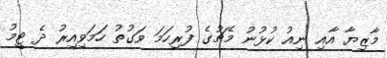
މާޒިޔާ އާއި ނިއު ކުޅުނު މެޗުގެ ފުރިހަމަ ވަގުތު ހަމަވިއިރު ދެ ޓީމު